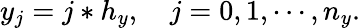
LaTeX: y_{j}=j*h_{y},\quad j=0,1,\cdots,n_{y}.